Plague in India, 1896, 1897 - Volume 1
Year: 1896
Disease focus: Plague
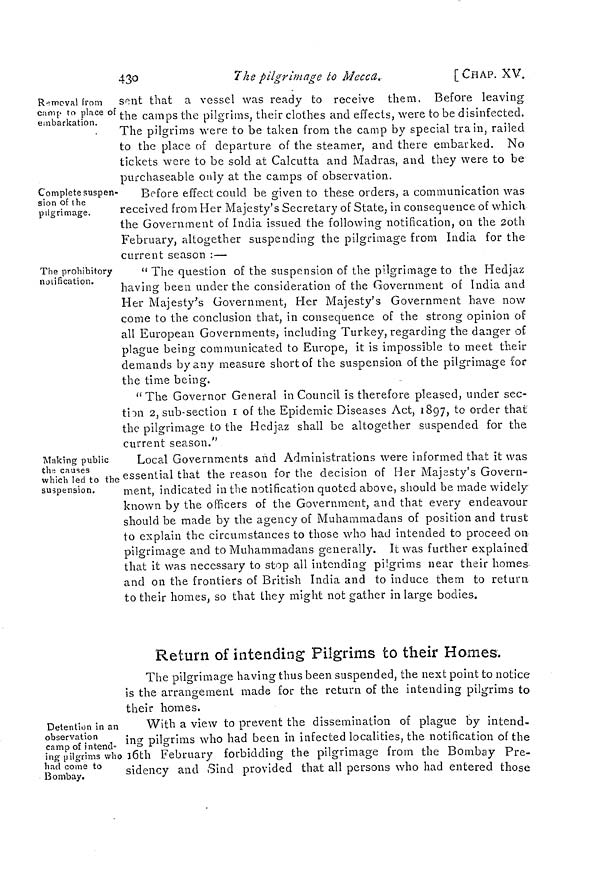
43o
The pilgrimage to Mecca.
[ CHAP. XV.
Removal from
camp to place of
embarkation.
sent that a vessel was ready to receive them. Before leaving
the camps the pilgrims, their clothes and effects, were to be disinfected.
The pilgrims were to be taken from the camp by special train, railed
to the place of departure of the steamer, and there embarked. No
tickets were to be sold at Calcutta and Madras, and they were to be
purchaseable only at the camps of observation.
Complete suspen-
sion of the
pilgrimage.
Before effect could be given to these orders, a communication was
received from Her Majesty's Secretary of State, in consequence of which
the Government of India issued the following- notification, on the 20th
o
'
February, altogether suspending the pilgrimage from India for the
current season :—
The prohibitory
notification.
" The question of the suspension of the pilgrimage to the Hedjaz
having been under the consideration of the Government of India and
Her Majesty's Government, Her Majesty's Government have now
come to the conclusion that, in consequence of the strong opinion of
all European Governments, including Turkey, regarding the danger of
plague being communicated to Europe, it is impossible to meet their
demands by any measure short of the suspension of the pilgrimage for
the time being.
" The Governor General in Council is therefore pleased, under sec-
tion 2, sub-section 1 of the Epidemic Diseases Act, 1897, to order that
the pilgrimage to the Hedjaz shall be altogether suspended for the
current season."
Making public
the causes
which led to the
suspension.
Local Governments and Administrations were informed that it was
essential that the reason for the decision of Her Majesty's Govern-
ment, indicated in the notification quoted above, should be made widely
known by the officers of the Government, and that every endeavour
should be made by the agency of Muhammadans of position and trust
to explain the circumstances to those who had intended to proceed on
pilgrimage and to Muhammadans generally. It was further explained
that it was necessary to stop all intending pilgrims near their homes-
and on the frontiers of British India and to induce them to return
to their homes, so that they might not gather in large bodies.
Return of intending Pilgrims to their Homes.
The pilgrimage having thus been suspended, the next point to notice
is the arrangement made for the return of the intending pilgrims to
their homes.
Detention in an
observation
camp of intend-
ing pilgrims who
had come to
Bombay.
With a view to prevent the dissemination of plague by intend-
ing pilgrims who had been in infected localities, the notification of the
16th February forbidding the pilgrimage from the Bombay Pre-
sidency and Sind provided that all persons who had entered those